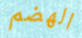
الهضم